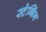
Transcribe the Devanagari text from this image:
स्टेब्बिंग